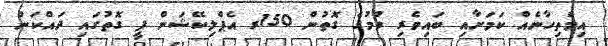
އިމްތިހާނެއް ކަމަށާއި ބައިވެރި ވުމުގެ ގޮތުން 150ރ އެޕްލިކޭޝަން ފީ ގޮތުގައި ދައްކަން